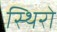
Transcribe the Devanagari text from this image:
स्थिरो